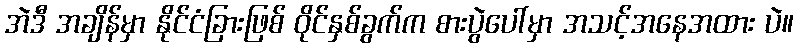
အဲဒီ အချိန်မှာ နိုင်ငံခြားဖြစ် ဝိုင်နှစ်ခွက်က စားပွဲပေါ်မှာ အသင့်အနေအထား ပဲ။